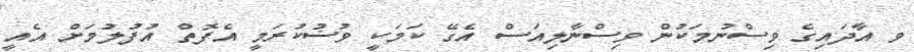
ވ އާދައިގެ ވިސްނުމަކުން ވިސްނާލިއަސް އެގޭ ކަމަކީ ވުޟުކުރަމީ އެފޮތް އުފުލުމަށް އެއީ